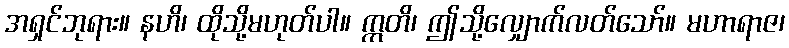
အရှင်ဘုရား။ နဟိ၊ ထိုသို့မဟုတ်ပါ။ ဣတိ၊ ဤသို့လျှောက်လတ်သော်။ မဟာရာဇ၊